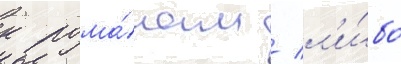
к рома́нам / л'и́бо